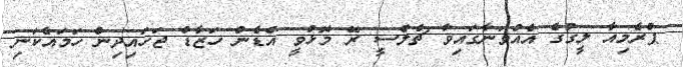
ޕްރެމިއާ ލީގުގެ އެއްވަނާގައިވާ ޗެލްސީ ރޭ މޮޅުވީ އެޑެން ހަޒާޑް ޖަހައިދިން ހަމައެކަނި